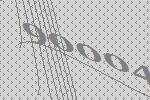
90004